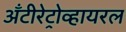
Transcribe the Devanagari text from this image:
अँटीरेट्रोव्हायरल